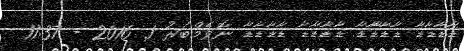
ޑާޑާޑާޑާ ޑާޑާޑާާޑާ ޑާޑާޑާޑާ ޑާޑާޑާޑާ ނޮވެމްބަރު 1